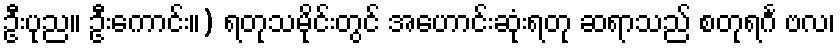
ဦးပုည။ ဦးကောင်း။) ရတုသမိုင်းတွင် အဟောင်းဆုံးရတု ဆရာသည် စတုရင်္ဂ ဗလ၊